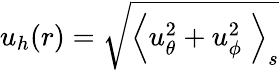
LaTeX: u_{h}(r)=\sqrt{\left\langle u_{\theta}^{2}+u_{\phi}^{2}\; \right\rangle_{s}}